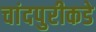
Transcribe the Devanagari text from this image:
चांदपुरीकडे